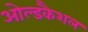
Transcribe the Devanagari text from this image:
ओल्डकैशल